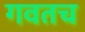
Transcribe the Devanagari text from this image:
गवतच